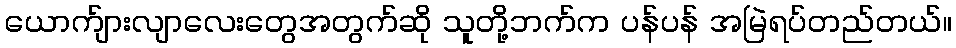
ယောက်ျားလျာလေးတွေအတွက်ဆို သူတို့ဘက်က ပန်ပန် အမြဲရပ်တည်တယ်။